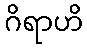
ဂိရာဟိ